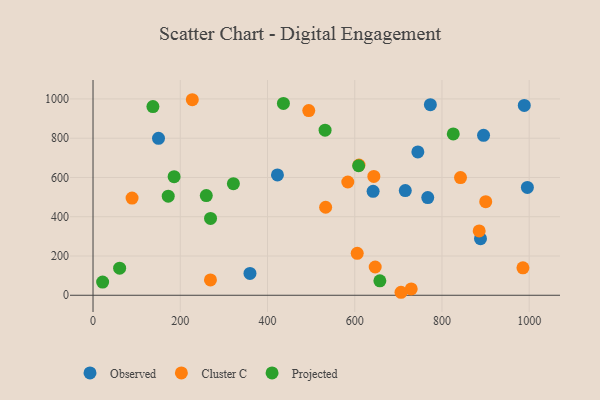
{"axis": {"x": "Ad Spend", "y": "Rating"}, "legend": ["Cluster C", "Observed", "Projected"], "data": [{"x": "744.7", "y": 730.1, "type": "Observed"}, {"x": "895.3", "y": 814.8, "type": "Observed"}, {"x": "642.1", "y": 529.5, "type": "Observed"}, {"x": "359.8", "y": 111.0, "type": "Observed"}, {"x": "988.7", "y": 966.8, "type": "Observed"}, {"x": "995.8", "y": 549.4, "type": "Observed"}, {"x": "767.4", "y": 497.6, "type": "Observed"}, {"x": "773.4", "y": 970.8, "type": "Observed"}, {"x": "422.8", "y": 612.7, "type": "Observed"}, {"x": "715.9", "y": 533.4, "type": "Observed"}, {"x": "888.3", "y": 288.3, "type": "Observed"}, {"x": "150.1", "y": 799.2, "type": "Observed"}, {"x": "985.6", "y": 139.9, "type": "Cluster C"}, {"x": "643.8", "y": 605.5, "type": "Cluster C"}, {"x": "227.6", "y": 996.0, "type": "Cluster C"}, {"x": "533.3", "y": 448.2, "type": "Cluster C"}, {"x": "605.7", "y": 213.4, "type": "Cluster C"}, {"x": "269.2", "y": 78.0, "type": "Cluster C"}, {"x": "900.3", "y": 476.9, "type": "Cluster C"}, {"x": "842.5", "y": 599.7, "type": "Cluster C"}, {"x": "89.5", "y": 495.0, "type": "Cluster C"}, {"x": "729.5", "y": 32.4, "type": "Cluster C"}, {"x": "885.3", "y": 327.9, "type": "Cluster C"}, {"x": "584.1", "y": 576.8, "type": "Cluster C"}, {"x": "646.9", "y": 144.0, "type": "Cluster C"}, {"x": "494.6", "y": 940.8, "type": "Cluster C"}, {"x": "706.1", "y": 15.2, "type": "Cluster C"}, {"x": "609.8", "y": 663.3, "type": "Cluster C"}, {"x": "532.0", "y": 840.9, "type": "Projected"}, {"x": "608.9", "y": 659.6, "type": "Projected"}, {"x": "259.7", "y": 507.9, "type": "Projected"}, {"x": "269.4", "y": 391.5, "type": "Projected"}, {"x": "185.9", "y": 604.1, "type": "Projected"}, {"x": "22.0", "y": 67.2, "type": "Projected"}, {"x": "61.0", "y": 138.1, "type": "Projected"}, {"x": "321.8", "y": 568.5, "type": "Projected"}, {"x": "172.4", "y": 504.7, "type": "Projected"}, {"x": "137.3", "y": 961.0, "type": "Projected"}, {"x": "436.5", "y": 977.0, "type": "Projected"}, {"x": "657.6", "y": 73.5, "type": "Projected"}, {"x": "825.9", "y": 821.8, "type": "Projected"}]}